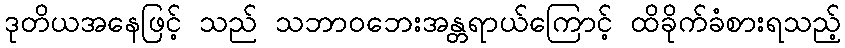
ဒုတိယအနေဖြင့် သည် သဘာဝဘေးအန္တရာယ်ကြောင့် ထိခိုက်ခံစားရသည့်